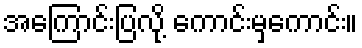
အကြောင်းပြလို့ ကောင်းမှကောင်း။